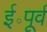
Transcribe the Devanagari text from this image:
ई॰पूर्व